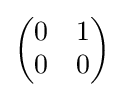
{\begin{pmatrix}0&1\\0&0\end{pmatrix}}